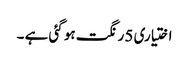
اختیاری 5 رنگت ہو گئی ہے ۔